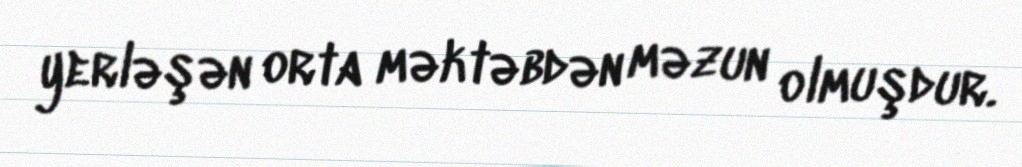
yerləşən orta məktəbdən məzun olmuşdur.